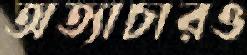
অত্যাচারও